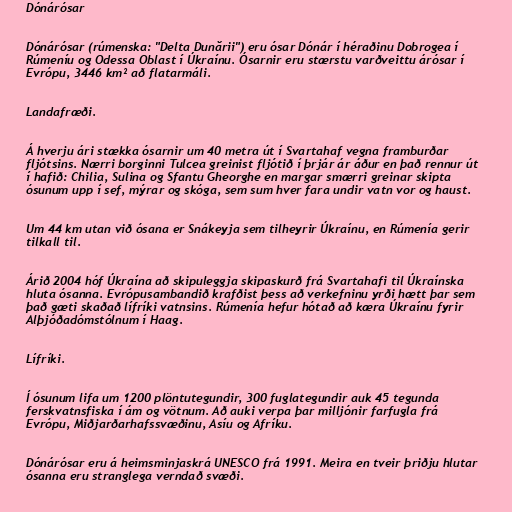
Dónárósar

Dónárósar (rúmenska: "Delta Dunării") eru ósar Dónár í héraðinu Dobrogea í
Rúmeníu og Odessa Oblast í Úkraínu. Ósarnir eru stærstu varðveittu árósar í
Evrópu, 3446 km² að flatarmáli.

Landafræði.

Á hverju ári stækka ósarnir um 40 metra út í Svartahaf vegna framburðar
fljótsins. Nærri borginni Tulcea greinist fljótið í þrjár ár áður en það rennur út
í hafið: Chilia, Sulina og Sfantu Gheorghe en margar smærri greinar skipta
ósunum upp í sef, mýrar og skóga, sem sum hver fara undir vatn vor og haust.

Um 44 km utan við ósana er Snákeyja sem tilheyrir Úkraínu, en Rúmenía gerir
tilkall til.

Árið 2004 hóf Úkraína að skipuleggja skipaskurð frá Svartahafi til Úkraínska
hluta ósanna. Evrópusambandið krafðist þess að verkefninu yrði hætt þar sem
það gæti skaðað lífríki vatnsins. Rúmenía hefur hótað að kæra Úkraínu fyrir
Alþjóðadómstólnum í Haag.

Lífríki.

Í ósunum lifa um 1200 plöntutegundir, 300 fuglategundir auk 45 tegunda
ferskvatnsfiska í ám og vötnum. Að auki verpa þar milljónir farfugla frá
Evrópu, Miðjarðarhafssvæðinu, Asíu og Afríku.

Dónárósar eru á heimsminjaskrá UNESCO frá 1991. Meira en tveir þriðju hlutar
ósanna eru stranglega verndað svæði.